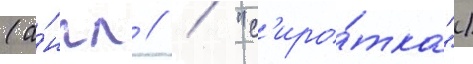
(а́нгл // / "с'иро́тка")